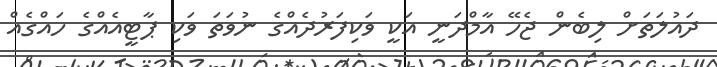
ދައުލަތަށް ލިބެން ޖެހޭ އާމްދަނީ އަކީ ވަކިފަރުދެއްގެ ނުވަތަ ވަކި ޕާޓީއެއްގެ ހައްގެއް